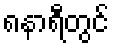
၈နာရီတွင်